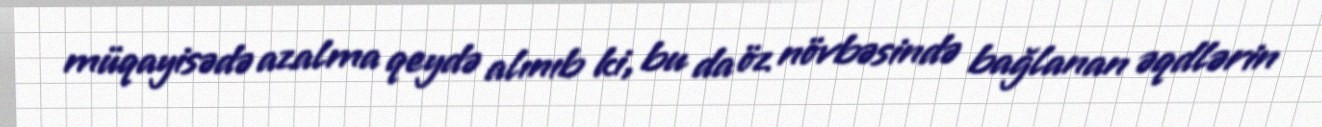
müqayisədə azalma qeydə alınıb ki, bu da öz növbəsində bağlanan əqdlərin